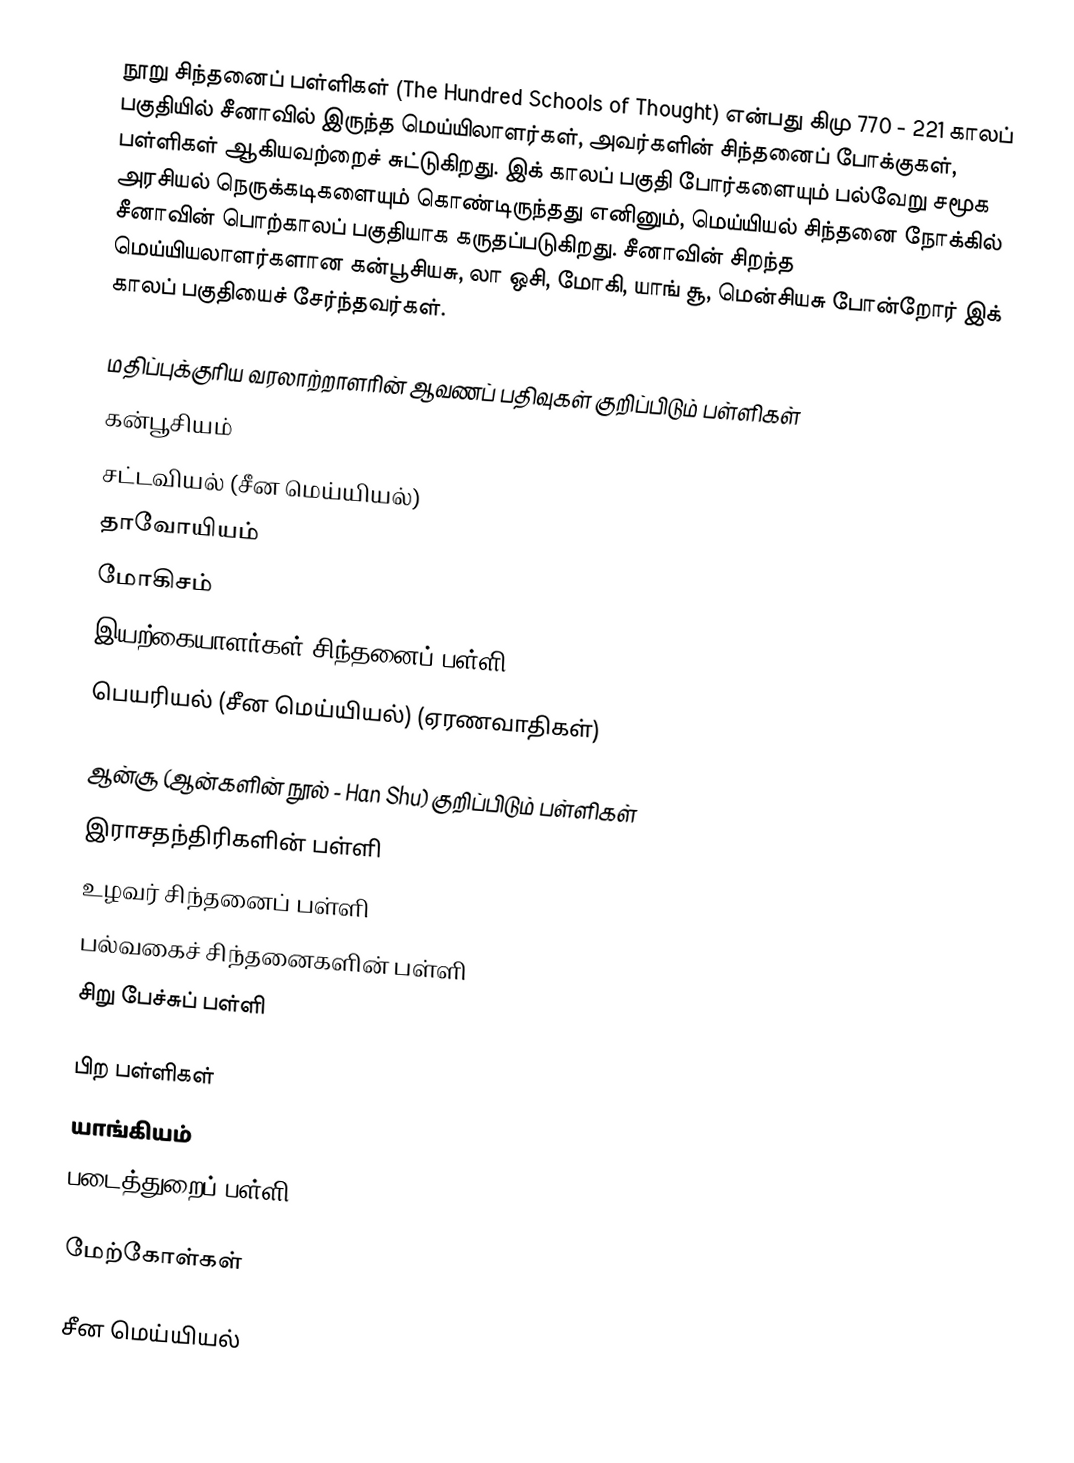
நூறு சிந்தனைப் பள்ளிகள் (The Hundred Schools of Thought) என்பது கிமு 770 - 221 காலப் பகுதியில் சீனாவில் இருந்த மெய்யிலாளர்கள், அவர்களின் சிந்தனைப் போக்குகள், பள்ளிகள் ஆகியவற்றைச் சுட்டுகிறது. இக் காலப் பகுதி போர்களையும் பல்வேறு சமூக அரசியல் நெருக்கடிகளையும் கொண்டிருந்தது எனினும், மெய்யியல் சிந்தனை நோக்கில் சீனாவின் பொற்காலப் பகுதியாக கருதப்படுகிறது. சீனாவின் சிறந்த மெய்யியலாளர்களான கன்பூசியசு, லா ஒசி, மோகி, யாங் சூ, மென்சியசு போன்றோர் இக் காலப் பகுதியைச் சேர்ந்தவர்கள்.

மதிப்புக்குரிய வரலாற்றாளரின் ஆவணப் பதிவுகள் குறிப்பிடும் பள்ளிகள்
 கன்பூசியம்
 சட்டவியல் (சீன மெய்யியல்)
 தாவோயியம்
 மோகிசம்
 இயற்கையாளர்கள் சிந்தனைப் பள்ளி
 பெயரியல் (சீன மெய்யியல்) (ஏரணவாதிகள்)

ஆன்சூ (ஆன்களின் நூல் - Han Shu) குறிப்பிடும் பள்ளிகள்
 இராசதந்திரிகளின் பள்ளி
 உழவர் சிந்தனைப் பள்ளி
 பல்வகைச் சிந்தனைகளின் பள்ளி
 சிறு பேச்சுப் பள்ளி

பிற பள்ளிகள்
 யாங்கியம்
 படைத்துறைப் பள்ளி

மேற்கோள்கள்

சீன மெய்யியல்